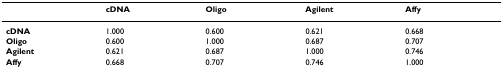
<table><thead><tr><td></td><td><b>cDNA</b></td><td><b>Oligo</b></td><td><b>Agilent</b></td><td><b>Affy</b></td></tr></thead><tbody><tr><td><b>cDNA</b></td><td>1.000</td><td>0.600</td><td>0.621</td><td>0.668</td></tr><tr><td><b>Oligo</b></td><td>0.600</td><td>1.000</td><td>0.687</td><td>0.707</td></tr><tr><td><b>Agilent</b></td><td>0.621</td><td>0.687</td><td>1.000</td><td>0.746</td></tr><tr><td><b>Affy</b></td><td>0.668</td><td>0.707</td><td>0.746</td><td>1.000</td></tr></tbody></table>